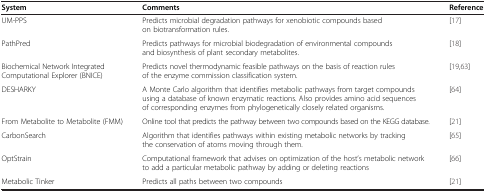
| System | Comments | Reference |
 | --- | --- | --- |
 | UM-PPS | Predicts microbial degradation pathways for xenobiotic compounds based on biotransformation rules. | [17] |
 | PathPred | Predicts pathways for microbial biodegradation of environmental compounds and biosynthesis of plant secondary metabolites. | [18] |
 | Biochemical Network Integrated Computational Explorer (BNICE) | Predicts novel thermodynamic feasible pathways on the basis of reaction rules of the enzyme commission classification system. | [19,63] |
 | DESHARKY | A Monte Carlo algorithm that identifies metabolic pathways from target compounds using a database of known enzymatic reactions. Also provides amino acid sequences of corresponding enzymes from phylogenetically closely related organisms. | [64] |
 | From Metabolite to Metabolite (FMM) | Online tool that predicts the pathway between two compounds based on the KEGG database. | [21] |
 | CarbonSearch | Algorithm that identifies pathways within existing metabolic networks by tracking the conservation of atoms moving through them. | [65] |
 | OptStrain | Computational framework that advises on optimization of the host’s metabolic network to add a particular metabolic pathway by adding or deleting reactions | [66] |
 | Metabolic Tinker | Predicts all paths between two compounds | [21] |